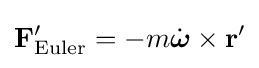
\mathbf {F} '_{\mathrm {Euler} }=-m{\dot {\boldsymbol {\omega }}}\times \mathbf {r} '